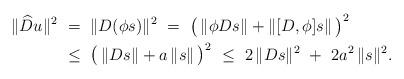
LaTeX: \begin{align*}\begin{aligned}\|\widehat{D} u\|^2\ &= \ \|D(\phi s)\|^2 \ = \ \big(\,\|\phi Ds\|+\|[D,\phi]s\|\,\big)^2\\ &\leq \ \big(\,\|Ds\|+a\,\|s\|\,\big)^2 \ \leq \ 2\,\|Ds\|^2\ + \ 2a^2\,\|s\|^2.\end{aligned}\end{align*}